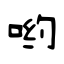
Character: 哟